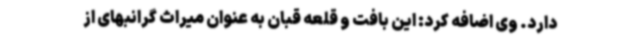
دارد. وی اضافه کرد: این بافت و قلعه قبان به عنوان میراث گرانبهای از